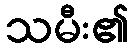
သမီး၏